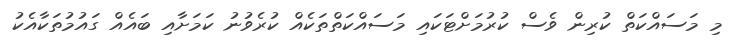
މި މަސައްކަތް ކުރިން ވެސް ކުރުމަށްޓަކައި މަސައްކަތްތަކެއް ކުރެވުނު ކަމަށާއި ބައެއް ގައުމުތަކާއެކު